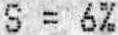
S = 6%